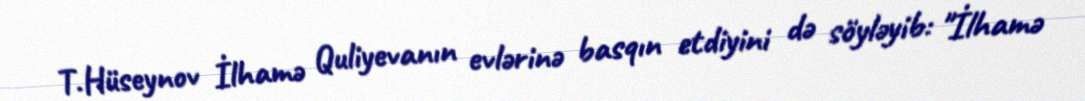
T.Hüseynov İlhamə Quliyevanın evlərinə basqın etdiyini də söyləyib: "İlhamə